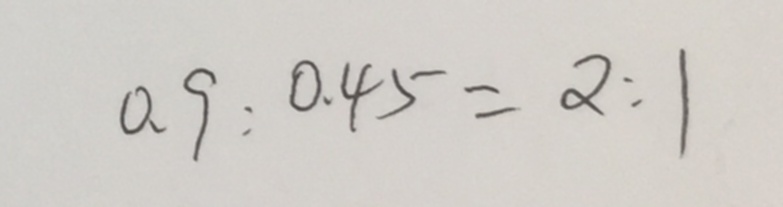
0 . 9 : 0 . 4 5 = 2 : 1